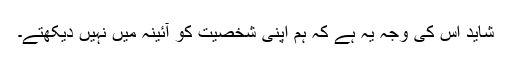
شاید اس کی وجہ یہ ہے کہ ہم اپنی شخصیت کو آئینہ میں نہیں دیکھتے۔